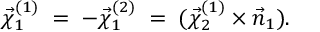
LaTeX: \vec { \chi } _ { 1 } ^ { ( 1 ) } \; = \; - \vec { \chi } _ { 1 } ^ { ( 2 ) } \; = \; ( \vec { \chi } _ { 2 } ^ { ( 1 ) } \times \vec { n } _ { 1 } ) .